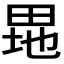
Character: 𤱲